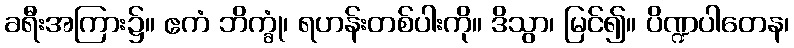
ခရီးအကြား၌။ ဧကံ ဘိက္ခုံ၊ ရဟန်းတစ်ပါးကို။ ဒိသွာ၊ မြင်၍။ ပိဏ္ဍပါတေန၊